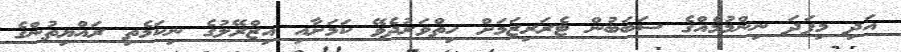
އަދި މިފަދަ ނިންމުމެއްގެ ސަބަބުން ޓެރަރިޒަމަށް ހިތްވަރުދެވޭ ކަމަށާއި އިޒްރޭލުގެ ނިކަމެތި ރައްޔިތުންގެ